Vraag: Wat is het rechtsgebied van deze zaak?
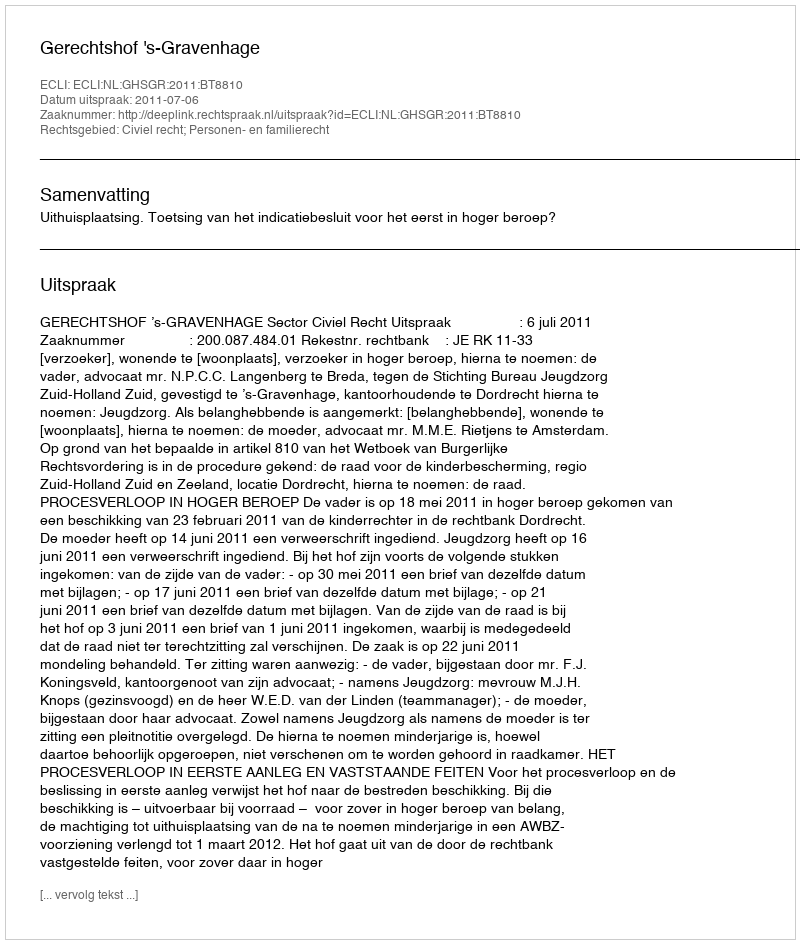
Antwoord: Civiel recht; Personen- en familierecht